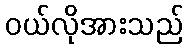
ဝယ်လိုအားသည်